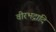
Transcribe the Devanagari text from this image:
वीरभद्रादि